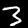
Label: 3